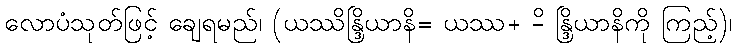
လောပံသုတ်ဖြင့် ချေရမည်၊ (ယဿိန္ဒြိယာနိ= ယဿ+ -ိ န္ဒြိယာနိကို ကြည့်)၊